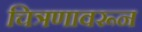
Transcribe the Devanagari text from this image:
चित्रणावरून